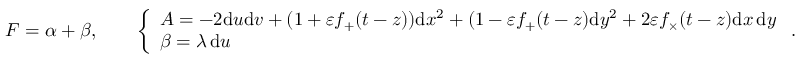
\begin{array} { r } { F = \alpha + \beta , \qquad \left\{ \begin{array} { l l } { A = - 2 \mathrm { d } u \mathrm { d } v + ( 1 + \varepsilon f _ { + } ( t - z ) ) \mathrm { d } x ^ { 2 } + ( 1 - \varepsilon f _ { + } ( t - z ) \mathrm { d } y ^ { 2 } + 2 \varepsilon f _ { \times } ( t - z ) \mathrm { d } x \, \mathrm { d } y } \\ { \beta = \lambda \, \mathrm { d } u } \end{array} \right. . } \end{array}